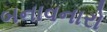
બનાવનારો